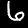
Label: 6